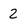
Character: 2